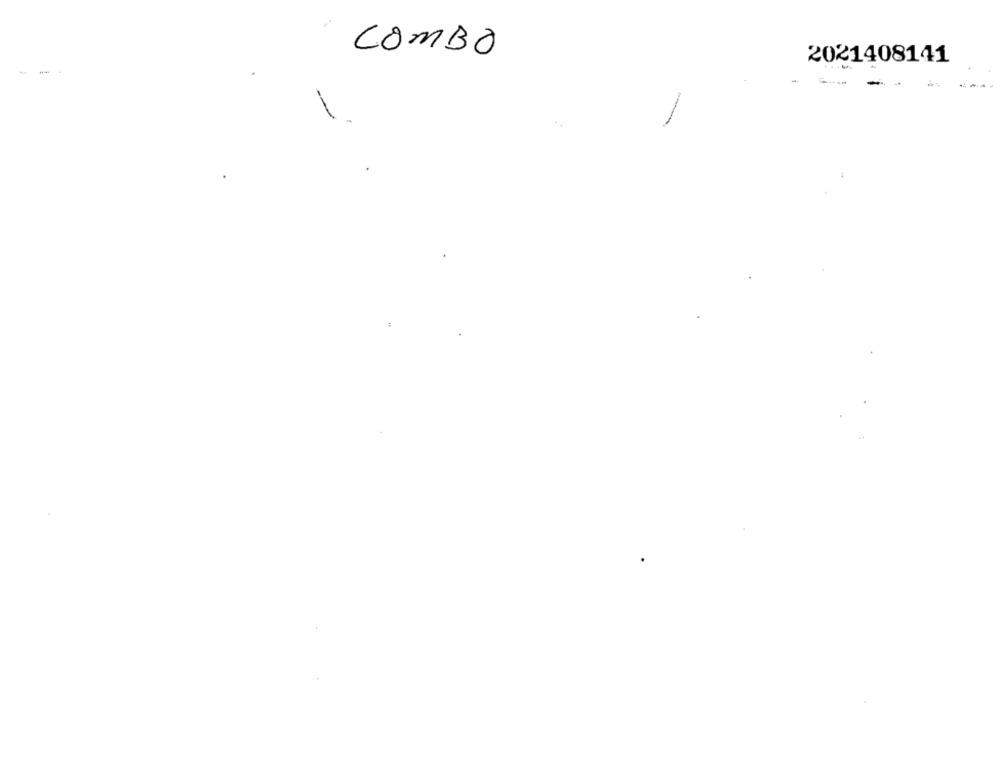
COMBO
2021408141
-
-